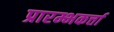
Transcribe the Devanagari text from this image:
प्रारम्भकर्त्ता